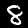
Digit: 8